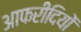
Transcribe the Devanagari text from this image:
आफरीदियों